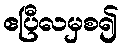
ဧပြီလမှစ၍